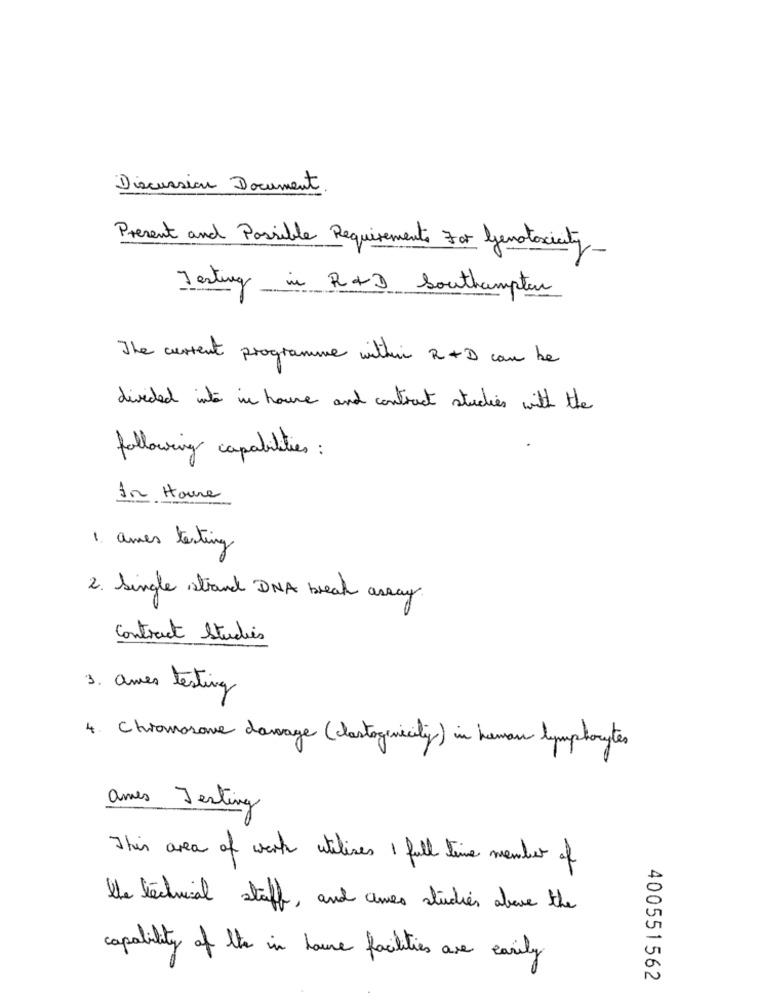
Discussion Document
Present and Possible Requirements For Genstoxicity
Testing in R+D Southampton
The current programme within 2 + D can be
divided into in house and contract studies with the
following capabilities :
In House
1. ames testing
2. Single strand DNA break assay.
Contract Studies
3. ames testing
4. Chromosome damage (dastogenecity) in human lymphocytes
ames Testing
This area of work utilises I full time member of
the technical staff, and ames studies above the
capability of the in house facilities are easily
400551562